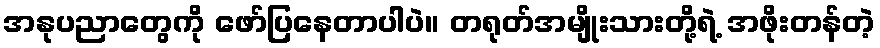
အနုပညာတွေကို ဖော်ပြနေတာပါပဲ။ တရုတ်အမျိုးသားတို့ရဲ့ အဖိုးတန်တဲ့